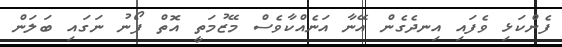
ފެންކަޅި ވެފައި އިނދެގެން އޭނާ އަނެއްކާވެސް މޭޒުމަތީ އޮތް ފޯނު ނަގައި ބަލަން